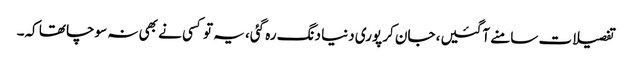
تفصیلات سامنے آگئیں، جان کر پوری دنیا دنگ رہ گئی، یہ تو کسی نے بھی نہ سوچا تھا کہ۔